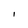
Character: l